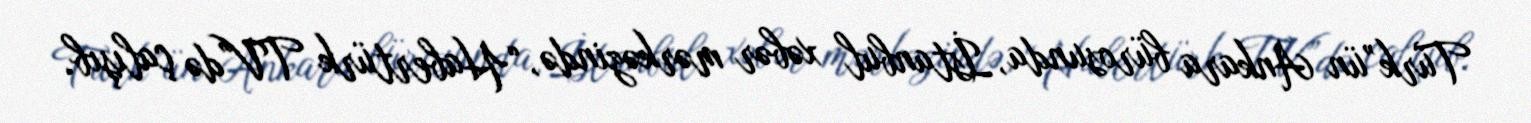
Türk”ün Ankara bürosunda, İstanbul xəbər mərkəzində, “Habertürk TV”də çalışıb.